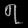
Digit: ၇